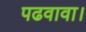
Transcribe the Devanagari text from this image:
पढवावा।